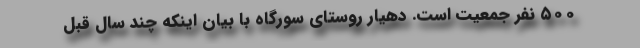
۵۰۰ نفر جمعیت است. دهیار روستای سورگاه با بیان اینکه چند سال قبل